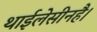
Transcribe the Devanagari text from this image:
थाईलेसीनहै।